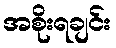
အစိုးရချင်း